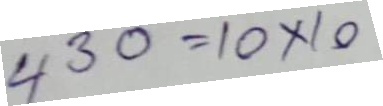
430 = 10 x 10